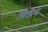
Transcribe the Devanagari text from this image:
बिछाय